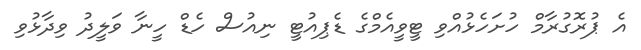
އެ ޕުރޮގުރާމް ހުށަހެޅުއްވި ޓީވީއެމްގެ ޑެޕިއުޓީ ނިއުސް ހެޑް ހީނާ ވަލީދު ވިދާޅުވި